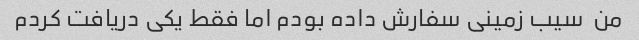
من  سیب زمینی سفارش داده بودم اما فقط یکی دریافت کردم